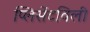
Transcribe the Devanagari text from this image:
प्लिसेंटविली